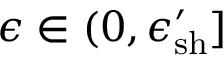
\epsilon \in ( 0 , \epsilon _ { \mathrm { s h } } ^ { \prime } ]